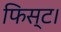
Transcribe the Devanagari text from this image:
फिस्ट।